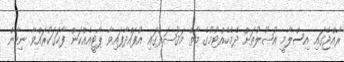
ރާއްޖޭގައި އިސްލާމީ އުޞޫލުތަށް ދެމެހެއްޓުމުގެ މާތް މަޤުޞަދުގައި އުފައްދާފައިވާ ޕާޓީއެއްކަން ފާހަގަކުރައްވާ ނިހާން